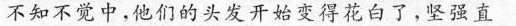
不知不觉中，他们的头发开始变得花白了，坚强直